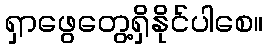
ရှာဖွေတွေ့ရှိနိုင်ပါစေ။